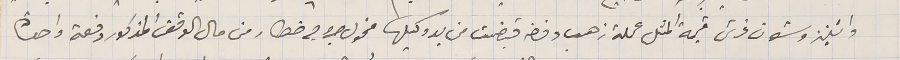
واثنين وستون غرش قيمة المثل عملة ذهب وفضه قبضت من يد وكيلها مخول جروج خطار من مال الوقف المذكور دفعة واحدة